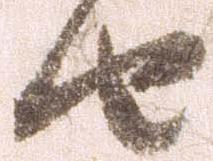
由